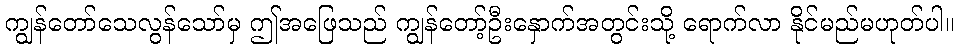
ကျွန်တော်သေလွန်သော်မှ ဤအဖြေသည် ကျွန်တော့်ဦးနှောက်အတွင်းသို့ ရောက်လာ နိုင်မည်မဟုတ်ပါ။